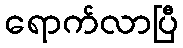
ရောက်လာပြီ